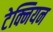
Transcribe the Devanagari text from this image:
टेक्नियन